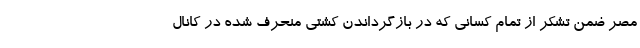
مصر ضمن تشکر از تمام کسانی که در بازگرداندن کشتی منحرف‌ شده در کانال